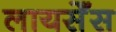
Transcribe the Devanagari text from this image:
लायसेँस